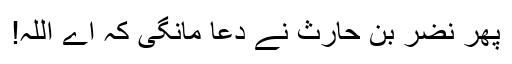
پھر نضر بن حارث نے دعا مانگی کہ اے اللہ!